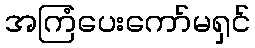
အကြံပေးကော်မရှင်